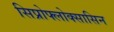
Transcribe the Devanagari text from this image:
सिप्रोफ्लोक्सासिन